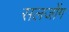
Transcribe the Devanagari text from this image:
सलजोंग